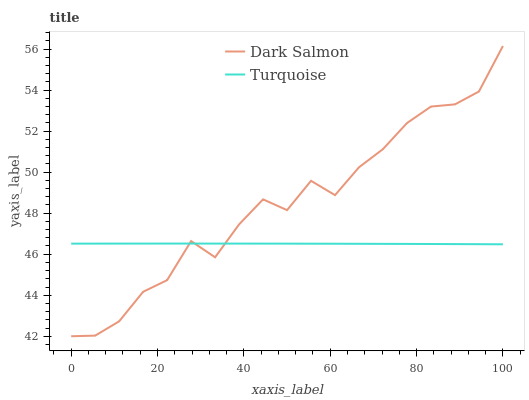
| xaxis_label | Dark Salmon | Turquoise |
 | --- | --- | --- |
 | 0 | 42 | 46.5 |
 | 5.56 | 42 | 46.5 |
 | 11.1 | 42.7 | 46.5 |
 | 16.7 | 44.2 | 46.5 |
 | 22.2 | 44.7 | 46.5 |
 | 27.8 | 46.6 | 46.5 |
 | 33.3 | 45.8 | 46.5 |
 | 38.9 | 47.5 | 46.5 |
 | 44.4 | 48.7 | 46.5 |
 | 50 | 48.1 | 46.5 |
 | 55.6 | 49.6 | 46.5 |
 | 61.1 | 48.9 | 46.5 |
 | 66.7 | 50.2 | 46.5 |
 | 72.2 | 51.1 | 46.5 |
 | 77.8 | 52.4 | 46.5 |
 | 83.3 | 53.2 | 46.5 |
 | 88.9 | 53.3 | 46.5 |
 | 94.4 | 53.9 | 46.5 |
 | 100 | 56.1 | 46.5 |